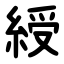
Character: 綬